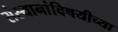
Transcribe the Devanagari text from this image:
संस्थानांविषयीच्या